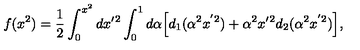
f ( x ^ { 2 } ) = \frac { 1 } { 2 } \int _ { 0 } ^ { x ^ { 2 } } d x { ' ^ { 2 } } \int _ { 0 } ^ { 1 } d \alpha \Big [ d _ { 1 } ( \alpha ^ { 2 } x ^ { ' 2 } ) + \alpha ^ { 2 } x { ' ^ { 2 } } d _ { 2 } ( \alpha ^ { 2 } x ^ { ' 2 } ) \Big ] ,